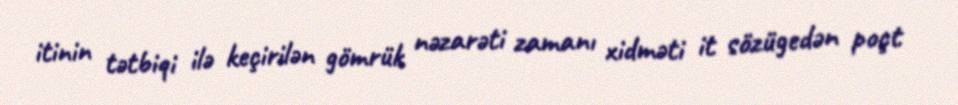
itinin tətbiqi ilə keçirilən gömrük nəzarəti zamanı xidməti it sözügedən poçt